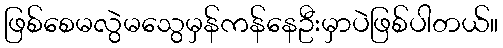
ဖြစ်စေမလွဲမသွေမှန်ကန်နေဦးမှာပဲဖြစ်ပါတယ်။